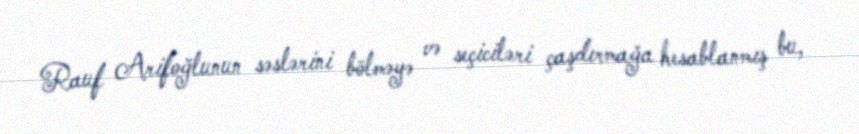
Rauf Arifoğlunun səslərini bölməyə və seçiciləri çaşdırmağa hesablanmış bu,